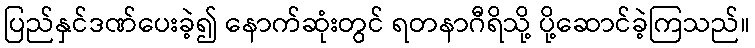
ပြည်နှင်ဒဏ်ပေးခဲ့၍ နောက်ဆုံးတွင် ရတနာဂီရိသို့ ပို့ဆောင်ခဲ့ကြသည်။